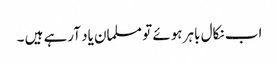
اب نکال باہر ہوئے تو مسلمان یاد آرہے ہیں ۔